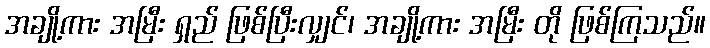
အချို့ကား အမြီး ရှည် ဖြစ်ပြီးလျှင်၊ အချို့ကား အမြီး တို ဖြစ်ကြသည်။